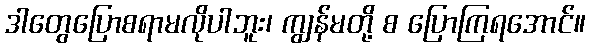
ဒါတွေပြောစရာမလိုပါဘူး၊ ကျွန်မတို့ စ ပြောကြရအောင်။